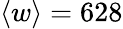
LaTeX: \langle w\rangle=628